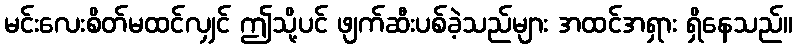
မင်းလေးစိတ်မထင်လျှင် ဤသို့ပင် ဖျက်ဆီးပစ်ခဲ့သည်များ အထင်အရှား ရှိနေသည်။